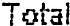
TOTAL